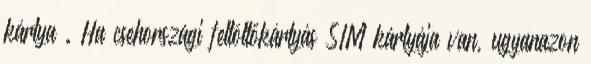
kártya . Ha csehországi feltöltőkártyás SIM kártyája van, ugyanazon